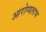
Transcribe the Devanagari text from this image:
आरोग्यलाभ